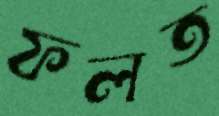
ফলত